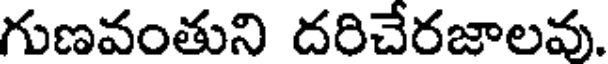
గుణవంతుని దరిచేరజాలవు.